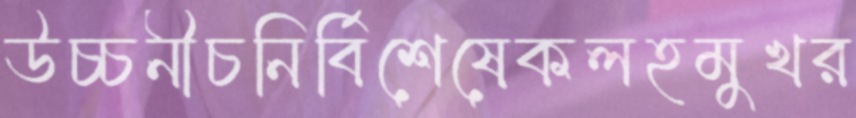
উচ্চনীচনির্বিশেষেকলহমুখর